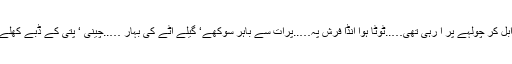
چائے ابل کر چولہے پر آ رہی تھی…..ٹوٹا ہوا انڈا فرش پہ…..پرات سے باہر سوکھے‘ گیلے آٹے کی بہار …..چینی ‘ پتی کے ڈبے کھلے ہوئے۔